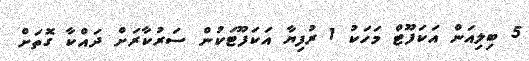
5 ބިލިއަން އަކަފޫޓް މަހަކު 1 ރުފިޔާ އަކަފޫޓަކުން ސަރުކާރަށް ދައްކާ ގޮތަށް